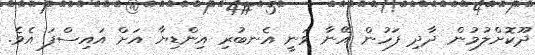
ދޫކޮށްލުމުން ދާދި ފަހުން އޭނާ ވަނީ އެނބުރި އިންޑިޔާ އަށް އައިސްފަ އެވެ.